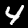
Label: 4